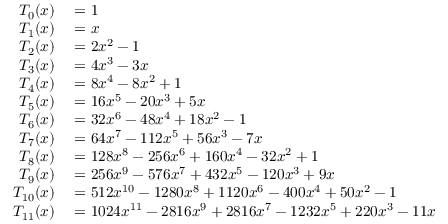
\begin{array} { r l } { T _ { 0 } ( x ) } & { { } = 1 } \\ { T _ { 1 } ( x ) } & { { } = x } \\ { T _ { 2 } ( x ) } & { { } = 2 x ^ { 2 } - 1 } \\ { T _ { 3 } ( x ) } & { { } = 4 x ^ { 3 } - 3 x } \\ { T _ { 4 } ( x ) } & { { } = 8 x ^ { 4 } - 8 x ^ { 2 } + 1 } \\ { T _ { 5 } ( x ) } & { { } = 1 6 x ^ { 5 } - 2 0 x ^ { 3 } + 5 x } \\ { T _ { 6 } ( x ) } & { { } = 3 2 x ^ { 6 } - 4 8 x ^ { 4 } + 1 8 x ^ { 2 } - 1 } \\ { T _ { 7 } ( x ) } & { { } = 6 4 x ^ { 7 } - 1 1 2 x ^ { 5 } + 5 6 x ^ { 3 } - 7 x } \\ { T _ { 8 } ( x ) } & { { } = 1 2 8 x ^ { 8 } - 2 5 6 x ^ { 6 } + 1 6 0 x ^ { 4 } - 3 2 x ^ { 2 } + 1 } \\ { T _ { 9 } ( x ) } & { { } = 2 5 6 x ^ { 9 } - 5 7 6 x ^ { 7 } + 4 3 2 x ^ { 5 } - 1 2 0 x ^ { 3 } + 9 x } \\ { T _ { 1 0 } ( x ) } & { { } = 5 1 2 x ^ { 1 0 } - 1 2 8 0 x ^ { 8 } + 1 1 2 0 x ^ { 6 } - 4 0 0 x ^ { 4 } + 5 0 x ^ { 2 } - 1 } \\ { T _ { 1 1 } ( x ) } & { { } = 1 0 2 4 x ^ { 1 1 } - 2 8 1 6 x ^ { 9 } + 2 8 1 6 x ^ { 7 } - 1 2 3 2 x ^ { 5 } + 2 2 0 x ^ { 3 } - 1 1 x } \end{array}